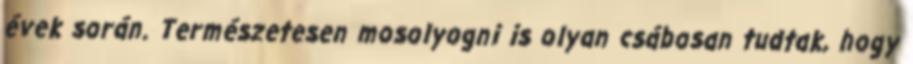
évek során. Természetesen mosolyogni is olyan csábosan tudtak, hogy